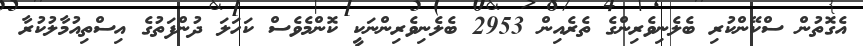
އެގޮތުން ސްކޭންކުރި ބެލެނިވެރިންގެ ތެރެއިން 2953 ބެލެނިވެރިންނަކީ ކޮންމެވެސް ކަހަލަ ދުންފަތުގެ އިސްތިއުމާލުކުރާ